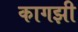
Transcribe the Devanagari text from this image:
कागझी